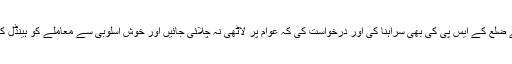
انہوں نے ضلع کے ایس پی کی بھی سراہنا کی اور درخواست کی کہ عوام پر لاٹھی نہ چلائی جائیں اور خوش اسلوبی سے معاملے کو ہینڈل کیا جائے۔